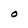
Character: O